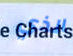
الذي